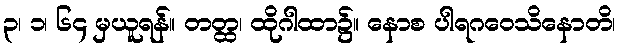
၃၊ ၁၊ ၆၄ မှယူရန်။ တတ္ထ၊ ထိုဂါထာ၌။ နောစ ပါရဂဝေသိနောတိ၊